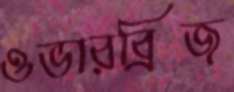
ওভারব্রিজ